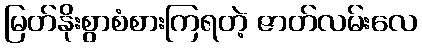
မြတ်နိုးစွာစံစားကြရတဲ့ ဇာတ်လမ်းလေ